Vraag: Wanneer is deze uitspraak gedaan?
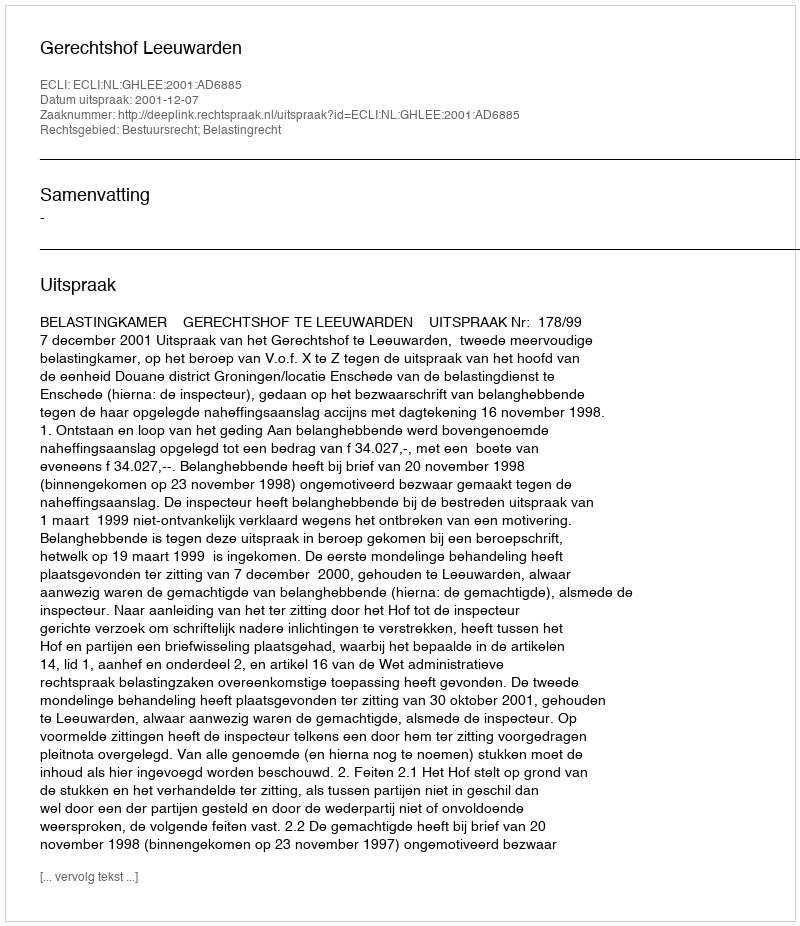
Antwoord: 2001-12-07